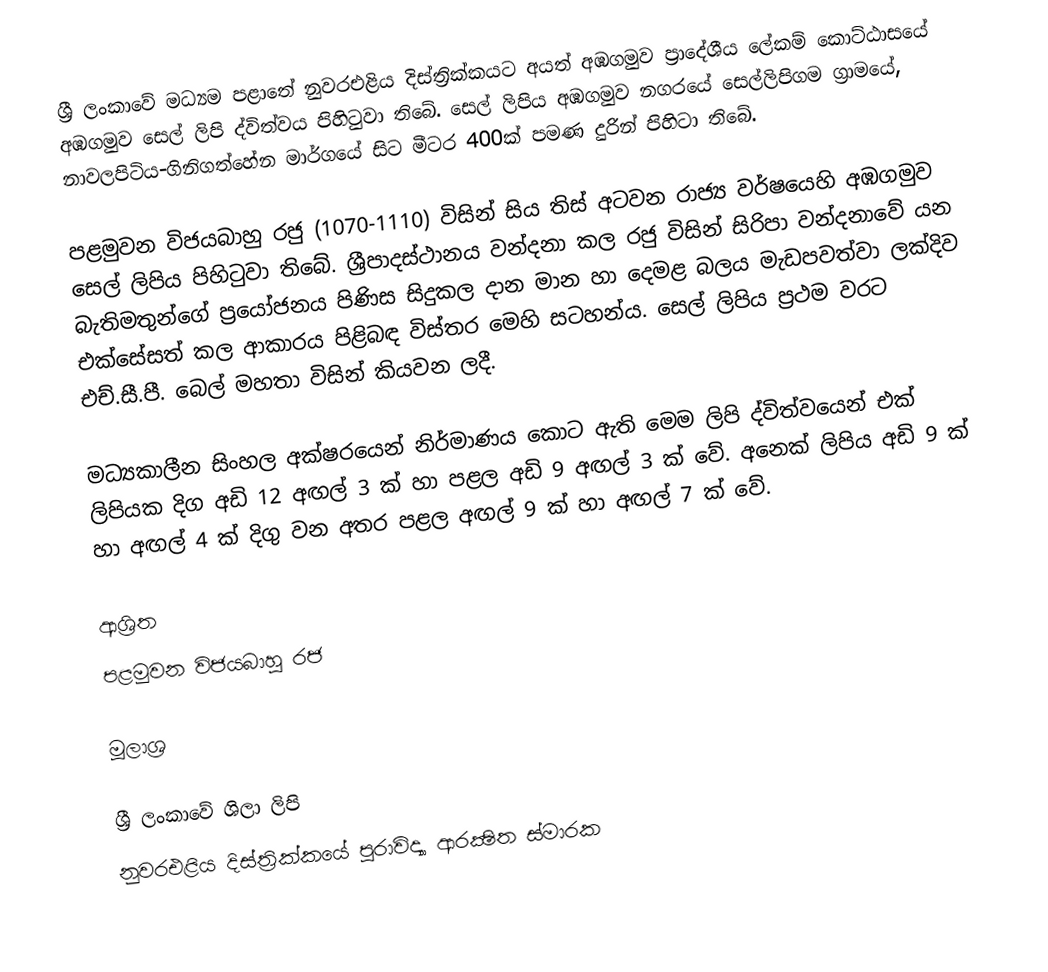
ශ්‍රී ලංකාවේ මධ්‍යම පළාතේ නුවරඑළිය දිස්ත්‍රික්කයට අයත් අඹගමුව ප්‍රාදේශීය ලේකම් කොට්ඨාසයේ අඹගමුව සෙල් ලිපි ද්විත්වය පිහිටුවා තිබේ. සෙල් ලිපිය අඹගමුව නගරයේ සෙල්ලිපිගම ග්‍රාමයේ, නාවලපිටිය-ගිනිගත්හේන මාර්ගයේ සිට මීටර 400ක් පමණ දුරින් පිහිටා තිබේ.

පළමුවන විජයබාහු රජු (1070-1110) විසින් සිය තිස් අටවන රාජ්‍ය වර්ෂයෙහි අඹගමුව සෙල් ලිපිය පිහිටුවා තිබේ. ශ්‍රීපාදස්ථානය වන්දනා කල රජු විසින් සිරිපා වන්දනාවේ යන බැතිමතුන්ගේ ප්‍රයෝජනය පිණිස සිදුකල දාන මාන හා දෙමළ බලය මැඩපවත්වා ලක්දිව එක්සේසත් කල ආකාරය පිළිබඳ විස්තර මෙහි සටහන්ය. සෙල් ලිපිය ප්‍රථම වරට එච්.සී.පී. බෙල් මහතා විසින් කියවන ලදී.

මධ්‍යකාලීන සිංහල අක්ෂරයෙන් නිර්මාණය කොට ඇති මෙම ලිපි ද්විත්වයෙන් එක් ලිපියක දිග අඩි 12 අඟල් 3 ක් හා පළල අඩි 9 අඟල් 3 ක් වේ. අනෙක් ලිපිය අඩි 9 ක් හා අඟල් 4 ක් දිගු වන අතර පළල අඟල් 9 ක් හා අඟල් 7 ක් වේ.

ආශ්‍රිත
 පළමුවන විජයබාහු රජ

මූලාශ්‍ර

ශ්‍රී ලංකාවේ ශිලා ලිපි
නුවරඑළිය දිස්ත්‍රික්කයේ පුරාවිද්‍යා ආරක්‍ෂිත ස්මාරක